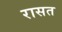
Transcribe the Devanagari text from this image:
रासत